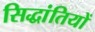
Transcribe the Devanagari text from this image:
सिद्धांतियों